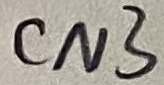
Text: CN3